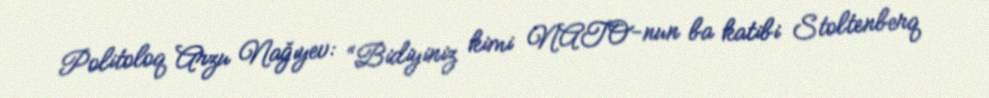
Politoloq Arzu Nağıyev: “Bidiyiniz kimi NATO-nun ba katibi Stoltenberq